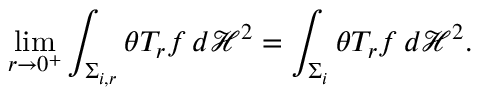
\operatorname* { l i m } _ { r \to 0 ^ { + } } \int _ { \Sigma _ { i , r } } \theta T _ { r } f \, d \mathcal H ^ { 2 } = \int _ { \Sigma _ { i } } \theta T _ { r } f \, d \mathcal H ^ { 2 } .